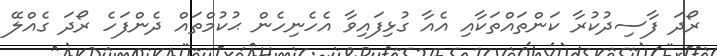
ރޯދަ ފާސިދުކުރާ ކަންތައްތަކާއި އެއާ ގުޅިފައިވާ އެހެނިހެން ޙުކުމްތައް ދެންފަހެ ރޯދަ ގެއްލޭ